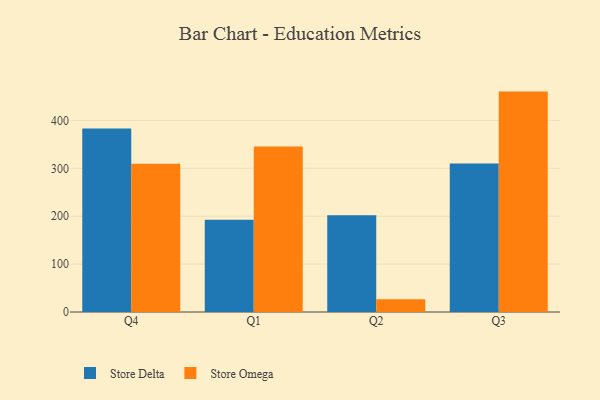
{"axis": {"x": "Quarter", "y": "Humidity (%)"}, "legend": ["Store Delta", "Store Omega"], "data": [{"x": "Q4", "y": 383.4, "type": "Store Delta"}, {"x": "Q4", "y": 309.6, "type": "Store Omega"}, {"x": "Q1", "y": 192.8, "type": "Store Delta"}, {"x": "Q1", "y": 345.8, "type": "Store Omega"}, {"x": "Q2", "y": 201.9, "type": "Store Delta"}, {"x": "Q2", "y": 26.6, "type": "Store Omega"}, {"x": "Q3", "y": 310.1, "type": "Store Delta"}, {"x": "Q3", "y": 460.2, "type": "Store Omega"}]}